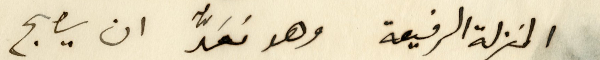
المنزلة الرفيعة وهو معدُّ ان يصبح